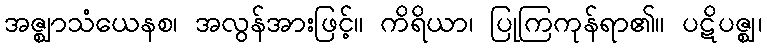
အဇ္ဈာသံယေနစ၊ အလွန်အားဖြင့်။ ကိရိယာ၊ ပြုကြကုန်ရာ၏။ ပဋိပဇ္ဈ၊